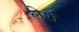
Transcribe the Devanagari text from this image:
लेर्श